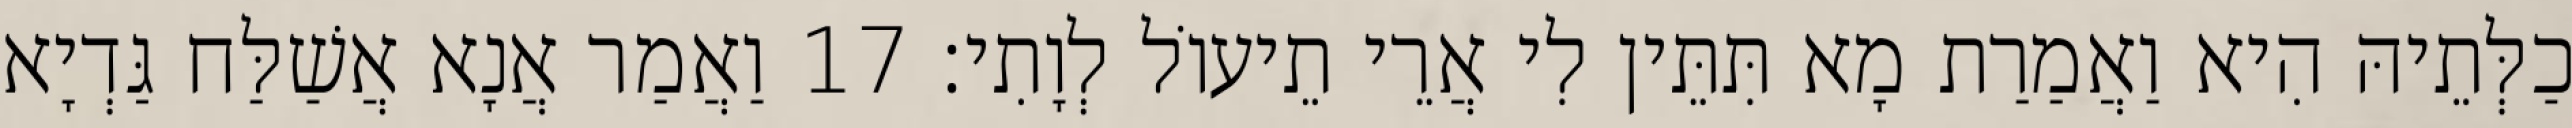
כַלְּתֵיהּ הִיא וַאֲמַרַת מָא תִּתֵּין לִי אֲרֵי תֵיעוֹל לְוָתִי׃ 17 וַאֲמַר אֲנָא אֲשַׁלַּח גַּדְיָא